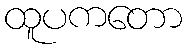
ထူပကတော